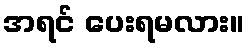
အရင် ပေးရမလား။